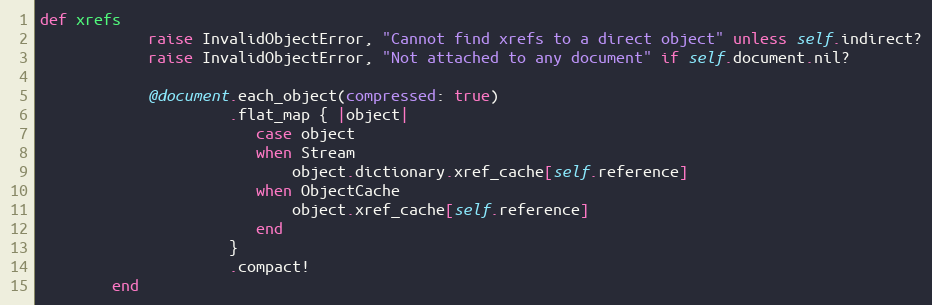
Language: Ruby
def xrefs
            raise InvalidObjectError, "Cannot find xrefs to a direct object" unless self.indirect?
            raise InvalidObjectError, "Not attached to any document" if self.document.nil?

            @document.each_object(compressed: true)
                     .flat_map { |object|
                        case object
                        when Stream
                            object.dictionary.xref_cache[self.reference]
                        when ObjectCache
                            object.xref_cache[self.reference]
                        end
                     }
                     .compact!
        end